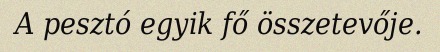
A pesztó egyik fő összetevője.